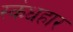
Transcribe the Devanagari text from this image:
स्कंधहार